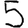
Digit: 5